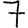
Digit: 7